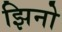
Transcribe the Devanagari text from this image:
झिनो